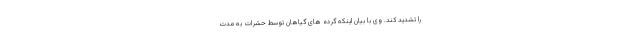
را تشدید کند. وی با بیان اینکه گرده های گیاهان توسط حشرات به مدت